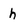
Character: h